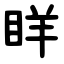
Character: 眻